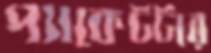
প্যাকেটটার